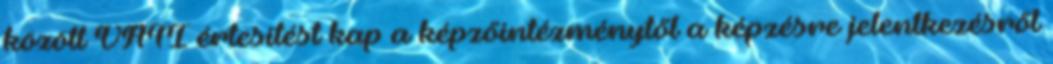
között VÁTI értesítést kap a képzőintézménytől a képzésre jelentkezésről